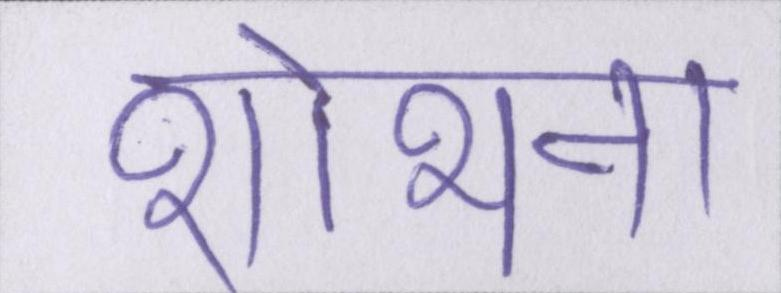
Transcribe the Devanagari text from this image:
शोभना